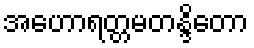
အဟောရတ္တမတန္ဒိတော